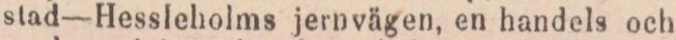
stad-Hessleholms jernvägen, en handels och